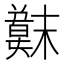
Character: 𫤳